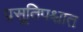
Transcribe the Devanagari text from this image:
प्रसूतिपश्चात